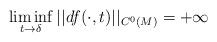
LaTeX: \begin{align*}\liminf_{t \rightarrow \delta} || d f ( \cdot, t) ||_{C^0 (M)} = + \infty\end{align*}